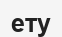
ету